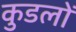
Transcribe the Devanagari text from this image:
कुडलों